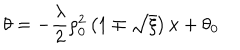
\theta = - \frac { \lambda } { 2 } \rho _ { 0 } ^ { 2 } \left( 1 \mp \sqrt { \xi } \right) x + \theta _ { 0 }